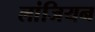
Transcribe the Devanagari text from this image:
लांजियन